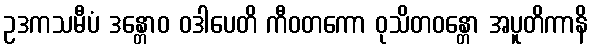
ဥဒကသမီပံ ဒန္တောဝ ဝဒါပေတိ ကီဝတကော ဝုသိတဝန္တော အပူတိကာနိ